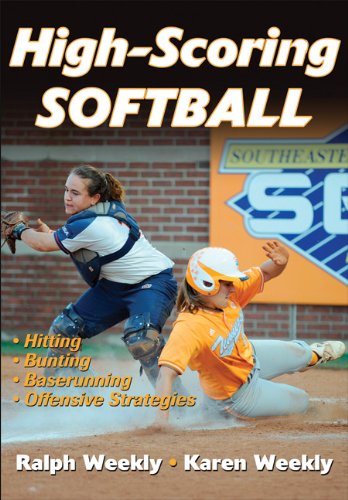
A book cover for High-Scoring Softball; Ralph Weekly  Jr.; Sports & Outdoors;